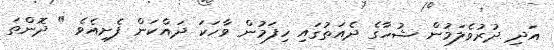
އަދި ދުރުވެލަމުން ޝުހާގެ ދެއަތުގައި ހިފަމުން ވާހަކަ ދައްކަން ފެށިއެވެ " ދޮންތަ